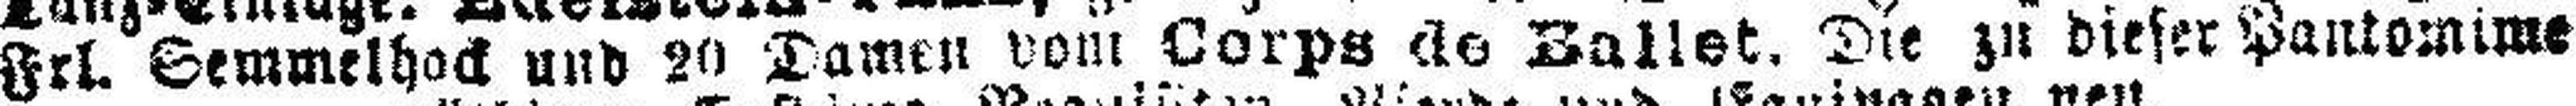
Frl. Semmelhock und 20 Damen vom Corps de Ballet. Die zu dieser Pantomime